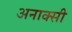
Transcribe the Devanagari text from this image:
अनाक्सी